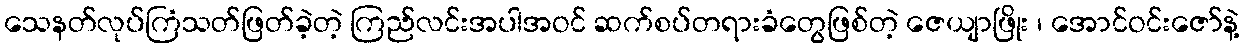
သေနတ်လုပ်ကြံသတ်ဖြတ်ခဲ့တဲ့ ကြည်လင်းအပါအဝင် ဆက်စပ်တရားခံတွေဖြစ်တဲ့ ဇေယျာဖြိုး ၊ အောင်ဝင်းဇော်နဲ့